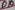
Text: D9